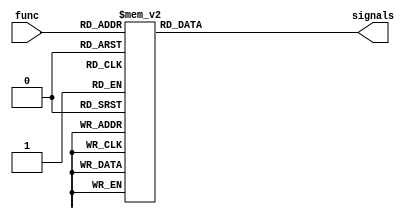
`timescale 1ns / 1ps
/**
 * Instruction decoders.
 * 
 * @author Yunye Pu
 */
`define RI 32
`define FWD 31:30
`define ALUA 29:28
`define ALUB 27:26
`define B 25:24
`define BCOND 23:21
`define ALU 20:17
`define MUL 16:13
`define ALUVALID 12
`define MULWAIT 11
`define TRAP 10:8
`define WBDEST 7:6
`define WBSRC 5:3
`define WBCOND 2:0

module Op0Decoder(
	input [5:0] func, output reg [32:0] signals
);
	always @*
		case(func)
		//------------------------RI  ALUA   B      ALU      ALUV TRAP   WBS
		//------------------------  FWD  ALUB  BCOND     MUL   MULW   WBD    WBC
		6'b000000: signals <= 33'b0_01_10_01_00_111_1100_0000_1_0_000_11_000_000;
		6'b000010: signals <= 33'b0_01_10_01_00_111_1110_0000_1_0_000_11_000_000;
		6'b000011: signals <= 33'b0_01_10_01_00_111_1111_0000_1_0_000_11_000_000;
		6'b000100: signals <= 33'b0_11_01_01_00_111_1100_0000_1_0_000_11_000_000;
		6'b000110: signals <= 33'b0_11_01_01_00_111_1110_0000_1_0_000_11_000_000;
		6'b000111: signals <= 33'b0_11_01_01_00_111_1111_0000_1_0_000_11_000_000;
		6'b001000: signals <= 33'b0_10_00_00_10_111_1100_0000_0_0_000_00_000_000;
		6'b001001: signals <= 33'b0_10_11_00_10_111_0101_0000_1_0_000_11_000_000;
		6'b001010: signals <= 33'b0_11_01_00_00_111_0101_0000_1_0_000_11_000_100;
		6'b001011: signals <= 33'b0_11_01_00_00_111_0101_0000_1_0_000_11_000_101;
		6'b010000: signals <= 33'b0_00_00_00_00_111_1100_0000_0_1_000_11_010_000;
		6'b010001: signals <= 33'b0_10_01_00_00_111_1100_0110_0_1_000_00_000_000;
		6'b010010: signals <= 33'b0_00_00_00_00_111_1100_0000_0_1_000_11_011_000;
		6'b010011: signals <= 33'b0_10_01_00_00_111_1100_0100_0_1_000_00_000_000;
		6'b011000: signals <= 33'b0_11_00_00_00_111_1100_1000_0_0_000_00_000_000;
		6'b011001: signals <= 33'b0_11_00_00_00_111_1100_1001_0_0_000_00_000_000;
		6'b011010: signals <= 33'b0_11_00_00_00_111_1100_1010_0_0_000_00_000_000;
		6'b011011: signals <= 33'b0_11_00_00_00_111_1100_1011_0_0_000_00_000_000;
		6'b100000: signals <= 33'b0_11_01_01_00_111_0000_0000_1_0_000_11_000_000;
		6'b100001: signals <= 33'b0_11_01_01_00_111_0001_0000_1_0_000_11_000_000;
		6'b100010: signals <= 33'b0_11_01_01_00_111_0010_0000_1_0_000_11_000_000;
		6'b100011: signals <= 33'b0_11_01_01_00_111_0011_0000_1_0_000_11_000_000;
		6'b100100: signals <= 33'b0_11_01_01_00_111_0100_0000_1_0_000_11_000_000;
		6'b100101: signals <= 33'b0_11_01_01_00_111_0101_0000_1_0_000_11_000_000;
		6'b100110: signals <= 33'b0_11_01_01_00_111_0110_0000_1_0_000_11_000_000;
		6'b100111: signals <= 33'b0_11_01_01_00_111_0111_0000_1_0_000_11_000_000;
		6'b101010: signals <= 33'b0_11_01_01_00_111_1010_0000_1_0_000_11_000_000;
		6'b101011: signals <= 33'b0_11_01_01_00_111_1011_0000_1_0_000_11_000_000;
		6'b110000: signals <= 33'b0_11_01_01_00_111_1100_0000_0_0_101_00_000_000;
		6'b110001: signals <= 33'b0_11_01_01_00_111_1100_0000_0_0_111_00_000_000;
		6'b110010: signals <= 33'b0_11_01_01_00_111_1100_0000_0_0_100_00_000_000;
		6'b110011: signals <= 33'b0_11_01_01_00_111_1100_0000_0_0_110_00_000_000;
		6'b110100: signals <= 33'b0_11_01_01_00_111_1100_0000_0_0_010_00_000_000;
		6'b110110: signals <= 33'b0_11_01_01_00_111_1100_0000_0_0_011_00_000_000;
		6'b001101: signals <= 33'b0_00_00_00_00_111_1100_0000_0_0_000_00_000_000;//break
		6'b001100: signals <= 33'b0_00_00_00_00_111_1100_0000_0_0_000_00_000_000;//syscall
		default:   signals <= 33'b1_00_00_00_00_111_1100_0000_0_0_000_00_000_000;
		endcase
endmodule

module Op1Decoder(
	input [4:0] rtField, output reg [32:0] signals
);
	always @*
		case(rtField)
		//-----------------------RI  ALUA   B      ALU      ALUV TRAP   WBS
		//-----------------------  FWD  ALUB  BCOND     MUL   MULW   WBD    WBC
		5'b00000: signals <= 33'b0_10_00_00_01_101_1100_0000_0_0_000_00_000_000;
		5'b00001: signals <= 33'b0_10_00_00_01_100_1100_0000_0_0_000_00_000_000;
		5'b10000: signals <= 33'b0_10_11_00_01_101_0101_0000_1_0_000_01_000_110;
		5'b10001: signals <= 33'b0_10_11_00_01_100_0101_0000_1_0_000_01_000_111;
		5'b01000: signals <= 33'b0_10_01_10_00_111_1100_0000_0_0_101_00_000_000;
		5'b01001: signals <= 33'b0_10_01_10_00_111_1100_0000_0_0_111_00_000_000;
		5'b01010: signals <= 33'b0_10_01_10_00_111_1100_0000_0_0_100_00_000_000;
		5'b01011: signals <= 33'b0_10_01_10_00_111_1100_0000_0_0_110_00_000_000;
		5'b01100: signals <= 33'b0_10_01_10_00_111_1100_0000_0_0_010_00_000_000;
		5'b01110: signals <= 33'b0_10_01_10_00_111_1100_0000_0_0_011_00_000_000;
		default:  signals <= 33'b1_00_00_00_00_111_1100_0000_0_0_000_00_000_000;
		endcase
endmodule

module OpSpec2Decoder(
	input [5:0] func, output reg [32:0] signals
);
	always @*
		case(func)
		//------------------------RI  ALUA   B      ALU      ALUV TRAP   WBS
		//------------------------  FWD  ALUB  BCOND     MUL   MULW   WBD    WBC
		6'b000000: signals <= 33'b0_11_00_00_00_111_1100_1100_0_0_000_00_000_000;//madd
		6'b000001: signals <= 33'b0_11_00_00_00_111_1100_1101_0_0_000_00_000_000;//maddu
		6'b000100: signals <= 33'b0_11_00_00_00_111_1100_1110_0_0_000_00_000_000;//msub
		6'b000101: signals <= 33'b0_11_00_00_00_111_1100_1111_0_0_000_00_000_000;//msubu
		6'b100000: signals <= 33'b0_10_01_00_00_111_1000_0000_1_0_000_11_000_000;//clz
		6'b100001: signals <= 33'b0_10_01_00_00_111_1001_0000_1_0_000_11_000_000;//clo
		6'b000010: signals <= 33'b0_11_00_00_00_111_1100_1000_0_0_000_11_011_000;//mul
		default:   signals <= 33'b1_00_00_00_00_111_1100_0000_0_0_000_00_000_000;
		endcase
	
endmodule

module OpCp0Decoder(
	input [31:0] inst, output reg [32:0] signals, output [2:0] cp0Op
);
	reg [2:0] cp0_internal;

`define SIG {signals, cp0_internal}
	always @*
		casex({inst[25:21], inst[5:0]})
		//----------------------------RI  ALUA   B      ALU      ALUV TRAP   WBS     cp0
		//----------------------------  FWD  ALUB  BCOND     MUL   MULW   WBD    WBC
		11'b00000_xxxxxx: `SIG <= 36'b0_00_00_00_00_111_1100_0000_0_0_000_10_100_000_001;//MFC0
		11'b00100_xxxxxx: `SIG <= 36'b0_01_00_01_00_111_0101_0000_0_0_000_00_000_000_010;//MTC0
		11'b1xxxx_000001: `SIG <= 36'b0_00_00_00_00_111_1100_0000_0_0_000_00_000_000_011;//TLBR
		11'b1xxxx_000010: `SIG <= 36'b0_00_00_00_00_111_1100_0000_0_0_000_00_000_000_100;//TLBWI
		11'b1xxxx_000110: `SIG <= 36'b0_00_00_00_00_111_1100_0000_0_0_000_00_000_000_101;//TLBWR
		11'b1xxxx_001000: `SIG <= 36'b0_00_00_00_00_111_1100_0000_0_0_000_00_000_000_110;//TLBP
		11'b1xxxx_011000: `SIG <= 36'b0_00_00_00_00_111_1100_0000_0_0_000_00_000_000_111;//ERET
		default:          `SIG <= 36'b1_00_00_00_00_111_1100_0000_0_0_000_00_000_000_000;
		endcase

	assign cp0Op = (inst[31:26] == 6'b010000)? cp0_internal: 3'b000;
	
endmodule

module InstDecoder(
	input [31:0] inst,
	
//	output [2:0] branchCond, output [1:0] branch, output [2:0] wbCond, output [1:0] wbDest,
//	output ALUSrcA, output [2:0] ALUSrcB, output [8:0] exCtrl, output [3:0] memCtrl,
//	output reservedInstruction
	output [1:0] forward, output [1:0] ALUSrcA, output [1:0] ALUSrcB,
	output [1:0] branch, output [2:0] branchCond, output [3:0] ALUOp,
	output [3:0] mulOp, output ALUValid, output mulWait, output [2:0] trap,
	output [1:0] wbDest, output [2:0] wbSrc, output [2:0] wbCond,
	output RIexception, output syscall, output breakpoint,
	output [2:0] cp0Op, output [3:0] memCtrl
);
	wire [32:0] op0Signals;
	wire [32:0] op1Signals;
	wire [32:0] opSpec2Signals;
	wire [32:0] opCp0Signals;
	reg [32:0] signals;
	
	assign memCtrl = ((inst[31:30] == 2'b10)? inst[29:26]: 4'b1111);
	assign syscall    = {inst[31:26], inst[5:0]} == 12'b000000_001100;
	assign breakpoint = {inst[31:26], inst[5:0]} == 12'b000000_001101;
	
	assign RIexception = signals[`RI];
	assign forward     = signals[`FWD];
	assign ALUSrcA     = signals[`ALUA];
	assign ALUSrcB     = signals[`ALUB];
	assign branch      = signals[`B];
	assign branchCond  = signals[`BCOND];
	assign ALUOp       = signals[`ALU];
	assign mulOp       = signals[`MUL];
	assign ALUValid    = signals[`ALUVALID];
	assign mulWait     = signals[`MULWAIT];
	assign trap        = signals[`TRAP];
	assign wbDest      = signals[`WBDEST];
	assign wbSrc       = signals[`WBSRC];
	assign wbCond      = signals[`WBCOND];
	
	
	always @*
	begin
		case(inst[31:26])
		//------------------------RI  ALUA   B      ALU      ALUV TRAP   WBS
		//------------------------  FWD  ALUB  BCOND     MUL   MULW   WBD    WBC
		//arithmetic
		6'b001000: signals <= 33'b0_10_01_10_00_111_0000_0000_1_0_000_10_000_000;
		6'b001001: signals <= 33'b0_10_01_10_00_111_0001_0000_1_0_000_10_000_000;
		6'b001010: signals <= 33'b0_10_01_10_00_111_1010_0000_1_0_000_10_000_000;
		6'b001011: signals <= 33'b0_10_01_10_00_111_1011_0000_1_0_000_10_000_000;
		6'b001100: signals <= 33'b0_10_01_11_00_111_0100_0000_1_0_000_10_000_000;
		6'b001101: signals <= 33'b0_10_01_11_00_111_0101_0000_1_0_000_10_000_000;
		6'b001110: signals <= 33'b0_10_01_11_00_111_0110_0000_1_0_000_10_000_000;
		6'b001111: signals <= 33'b0_00_00_11_00_111_1101_0000_1_0_000_10_000_000;
		//load
		6'b100000: signals <= 33'b0_10_01_10_00_111_0001_0000_0_0_000_10_001_000;
		6'b100001: signals <= 33'b0_10_01_10_00_111_0001_0000_0_0_000_10_001_000;
		6'b100010: signals <= 33'b0_10_01_10_00_111_0001_0000_0_0_000_10_001_000;
		6'b100011: signals <= 33'b0_10_01_10_00_111_0001_0000_0_0_000_10_001_000;
		6'b100100: signals <= 33'b0_10_01_10_00_111_0001_0000_0_0_000_10_001_000;
		6'b100101: signals <= 33'b0_10_01_10_00_111_0001_0000_0_0_000_10_001_000;
		6'b100110: signals <= 33'b0_10_01_10_00_111_0001_0000_0_0_000_10_001_000;
		//store
		6'b101000: signals <= 33'b0_11_01_10_00_111_0001_0000_0_0_000_00_000_000;
		6'b101001: signals <= 33'b0_11_01_10_00_111_0001_0000_0_0_000_00_000_000;
		6'b101010: signals <= 33'b0_11_01_10_00_111_0001_0000_0_0_000_00_000_000;
		6'b101011: signals <= 33'b0_11_01_10_00_111_0001_0000_0_0_000_00_000_000;
		6'b101110: signals <= 33'b0_11_01_10_00_111_0001_0000_0_0_000_00_000_000;
		//branch&jump
		6'b000100: signals <= 33'b0_11_00_00_01_001_1100_0000_0_0_000_00_000_000;
		6'b000101: signals <= 33'b0_11_00_00_01_000_1100_0000_0_0_000_00_000_000;
		6'b000110: signals <= 33'b0_10_00_00_01_010_1100_0000_0_0_000_00_000_000;
		6'b000111: signals <= 33'b0_10_00_00_01_011_1100_0000_0_0_000_00_000_000;
		6'b000010: signals <= 33'b0_00_00_00_11_111_1100_0000_0_0_000_00_000_000;
		6'b000011: signals <= 33'b0_00_11_00_11_111_0101_0000_1_0_000_01_000_000;
		//Cache
		6'b101111: signals <= 33'b0_10_01_10_00_111_0001_0000_0_0_000_00_000_000;
		
		6'b000000: signals <= op0Signals;
		6'b000001: signals <= op1Signals;
		6'b011100: signals <= opSpec2Signals;
		6'b010000: signals <= opCp0Signals;
		6'b010001: signals <= 33'b0_00_00_00_00_111_1100_0000_0_0_000_00_000_000;//COP 1 to 3
		6'b010010: signals <= 33'b0_00_00_00_00_111_1100_0000_0_0_000_00_000_000;
		6'b010011: signals <= 33'b0_00_00_00_00_111_1100_0000_0_0_000_00_000_000;
		default:   signals <= 33'b1_00_00_00_00_111_1100_0000_0_0_000_00_000_000;
		endcase
	end
		
	Op0Decoder U0(.func(inst[5:0]), .signals(op0Signals));
	Op1Decoder U1(.rtField(inst[20:16]), .signals(op1Signals));
	OpSpec2Decoder U2(.func(inst[5:0]), .signals(opSpec2Signals));
	OpCp0Decoder U3(.inst(inst), .signals(opCp0Signals), .cp0Op(cp0Op));

endmodule